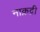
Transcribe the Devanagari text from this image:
नाक़द्री